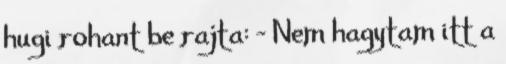
hugi rohant be rajta: - Nem hagytam itt a